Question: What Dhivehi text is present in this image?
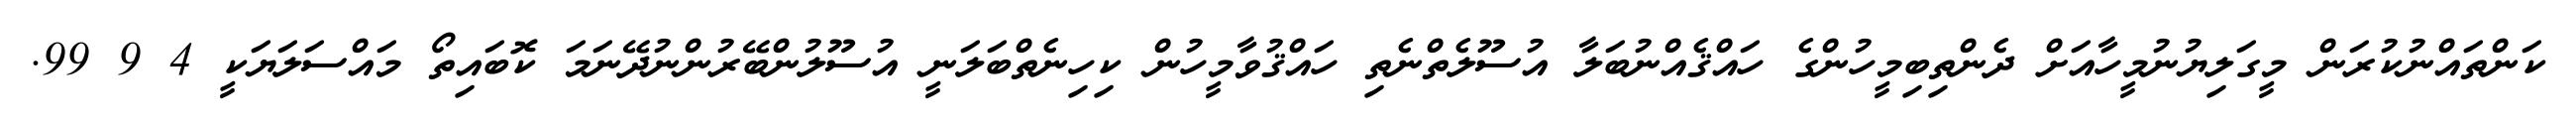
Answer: ކަންތައްނުކުރަން މީގަލިޔުނުމީހާއަށް ދެންތިބިމީހުންގެ ހައްޤެއްނުބަލާ އުސޫލެތްނެތި ހައްޤުވާމީހުން ކިހިނެތްބަލަނީ އުސޫލުންބޭރުންނުދޭނަމަ ކޮބައިތޯ މައްސަލަޔަކީ 4 9 99.